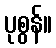
ပုစွန်။